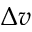
\Delta v